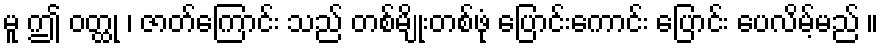
မူ ဤ ဝတ္ထု ၊ ဇာတ်ကြောင်း သည် တစ်မျိုးတစ်ဖုံ ပြောင်းကောင်း ပြောင်း ပေလိမ့်မည် ။